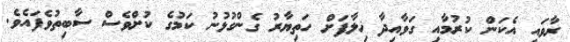
ރާވައި އެކަން ކުރުމާއި ގަވާއިދާ ޚިލާފަށް ހަތިޔާރު ގެންގުޅުނު ކަމުގެ ކުށްވެސް ސާބިތުވެފައެވެ.